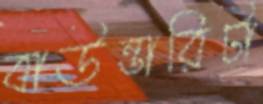
বাউন্ডারিটা